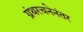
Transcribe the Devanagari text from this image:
ग्रंथरचनेनंतर